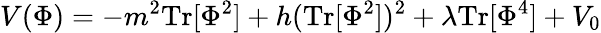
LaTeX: V(\Phi)=-m^{2}\mathrm{Tr}[\Phi^{2}]+h(\mathrm{Tr}[\Phi^{2}])^{2}+\lambda\mathrm{Tr}[\Phi^{4}]+V_{0}